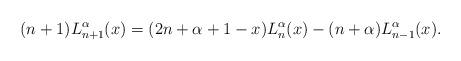
LaTeX: \begin{align*}(n+1)L_{n+1}^{\alpha}(x)=(2n+\alpha+1-x)L_{n}^{\alpha}(x)-(n+\alpha)L_{n-1}^{\alpha}(x).\end{align*}